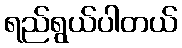
ရည်ရွယ်ပါတယ်